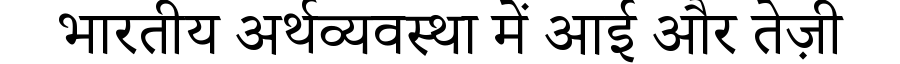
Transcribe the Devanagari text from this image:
भारतीय अर्थव्यवस्था में आई और तेज़ी